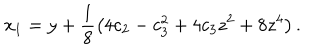
x _ { 1 } = y + \frac { 1 } { 8 } \left( 4 c _ { 2 } - c _ { 3 } ^ { 2 } + 4 c _ { 3 } z ^ { 2 } + 8 z ^ { 4 } \right) .